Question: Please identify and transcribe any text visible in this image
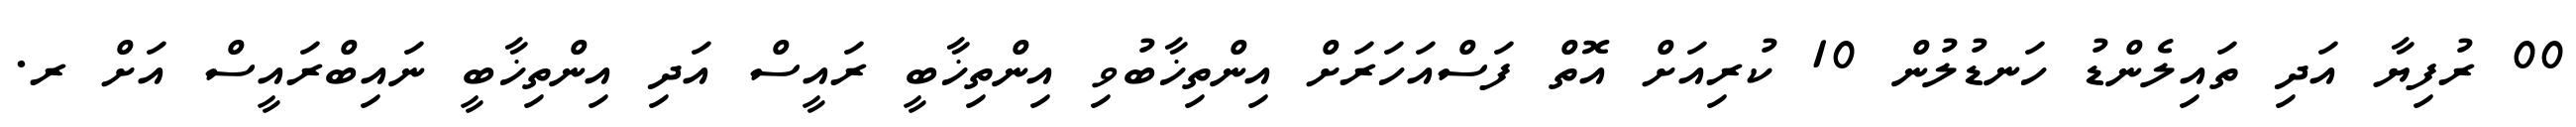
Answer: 00 ރުފިޔާ އަދި ތައިލެންޑު ހަނޑުލުން 10 ކުރިއަށް އޮތް ފަސްއަހަރަށް އިންތިޚާބުވި އިންތިޚާބީ ރައީސް އަދި އިންތިޚާބީ ނައިބްރައީސް އަށް ރ.